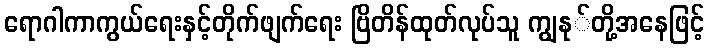
ရောဂါကာကွယ်ရေးနှင့်တိုက်ဖျက်ရေး ဗြိတိန်ထုတ်လုပ်သူ ကျွနု်တို့အနေဖြင့်